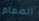
الصمام